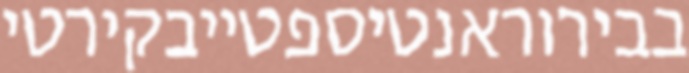
בבירוראנטיספטייבקירטי